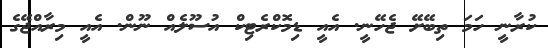
ކުރާނީ ހަމަ ތިބޭށޭ ޖެހޭނީ. އެއީ ޑިމޮކްރެޓިކް އުސޫލެއް ނޫން. އެއީ މިރާއްޖޭގެ